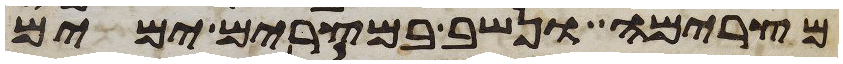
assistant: מצרימה ונשב במצרים ימים